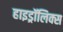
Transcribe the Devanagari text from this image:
हाइड्रॉलिक्स